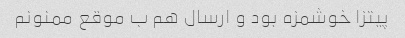
پیتزا خوشمزه بود و ارسال هم ب موقع ممنونم